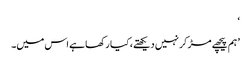
‘
’ ہم پیچھے مڑ کر نہیں دیکھتے، کیا رکھا ہے اس میں۔